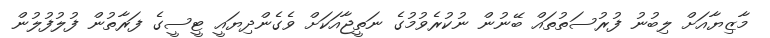
މާޒިޔާއަށް ލިބުނު ފުރުސަތުތައް ބޭނުން ނުކުރެވުމުގެ ނަތީޖާއަކަށް ވެގެންދިޔައީ ޓީސީގެ ފަރާތުން ފުލުފުލުން